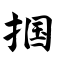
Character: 掴